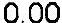
0.00